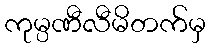
ကုမ္ပဏီလီမိတက်မှ